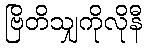
ဗြိတိသျှကိုလိုနီ